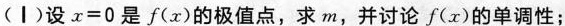
(I)设$$x = 0$$是f(x)的极值点，求m，并讨论f(x)的单调性；